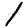
Digit: 1